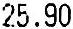
25.90